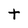
Character: t